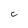
Character: C